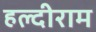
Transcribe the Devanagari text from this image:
हल्दीराम